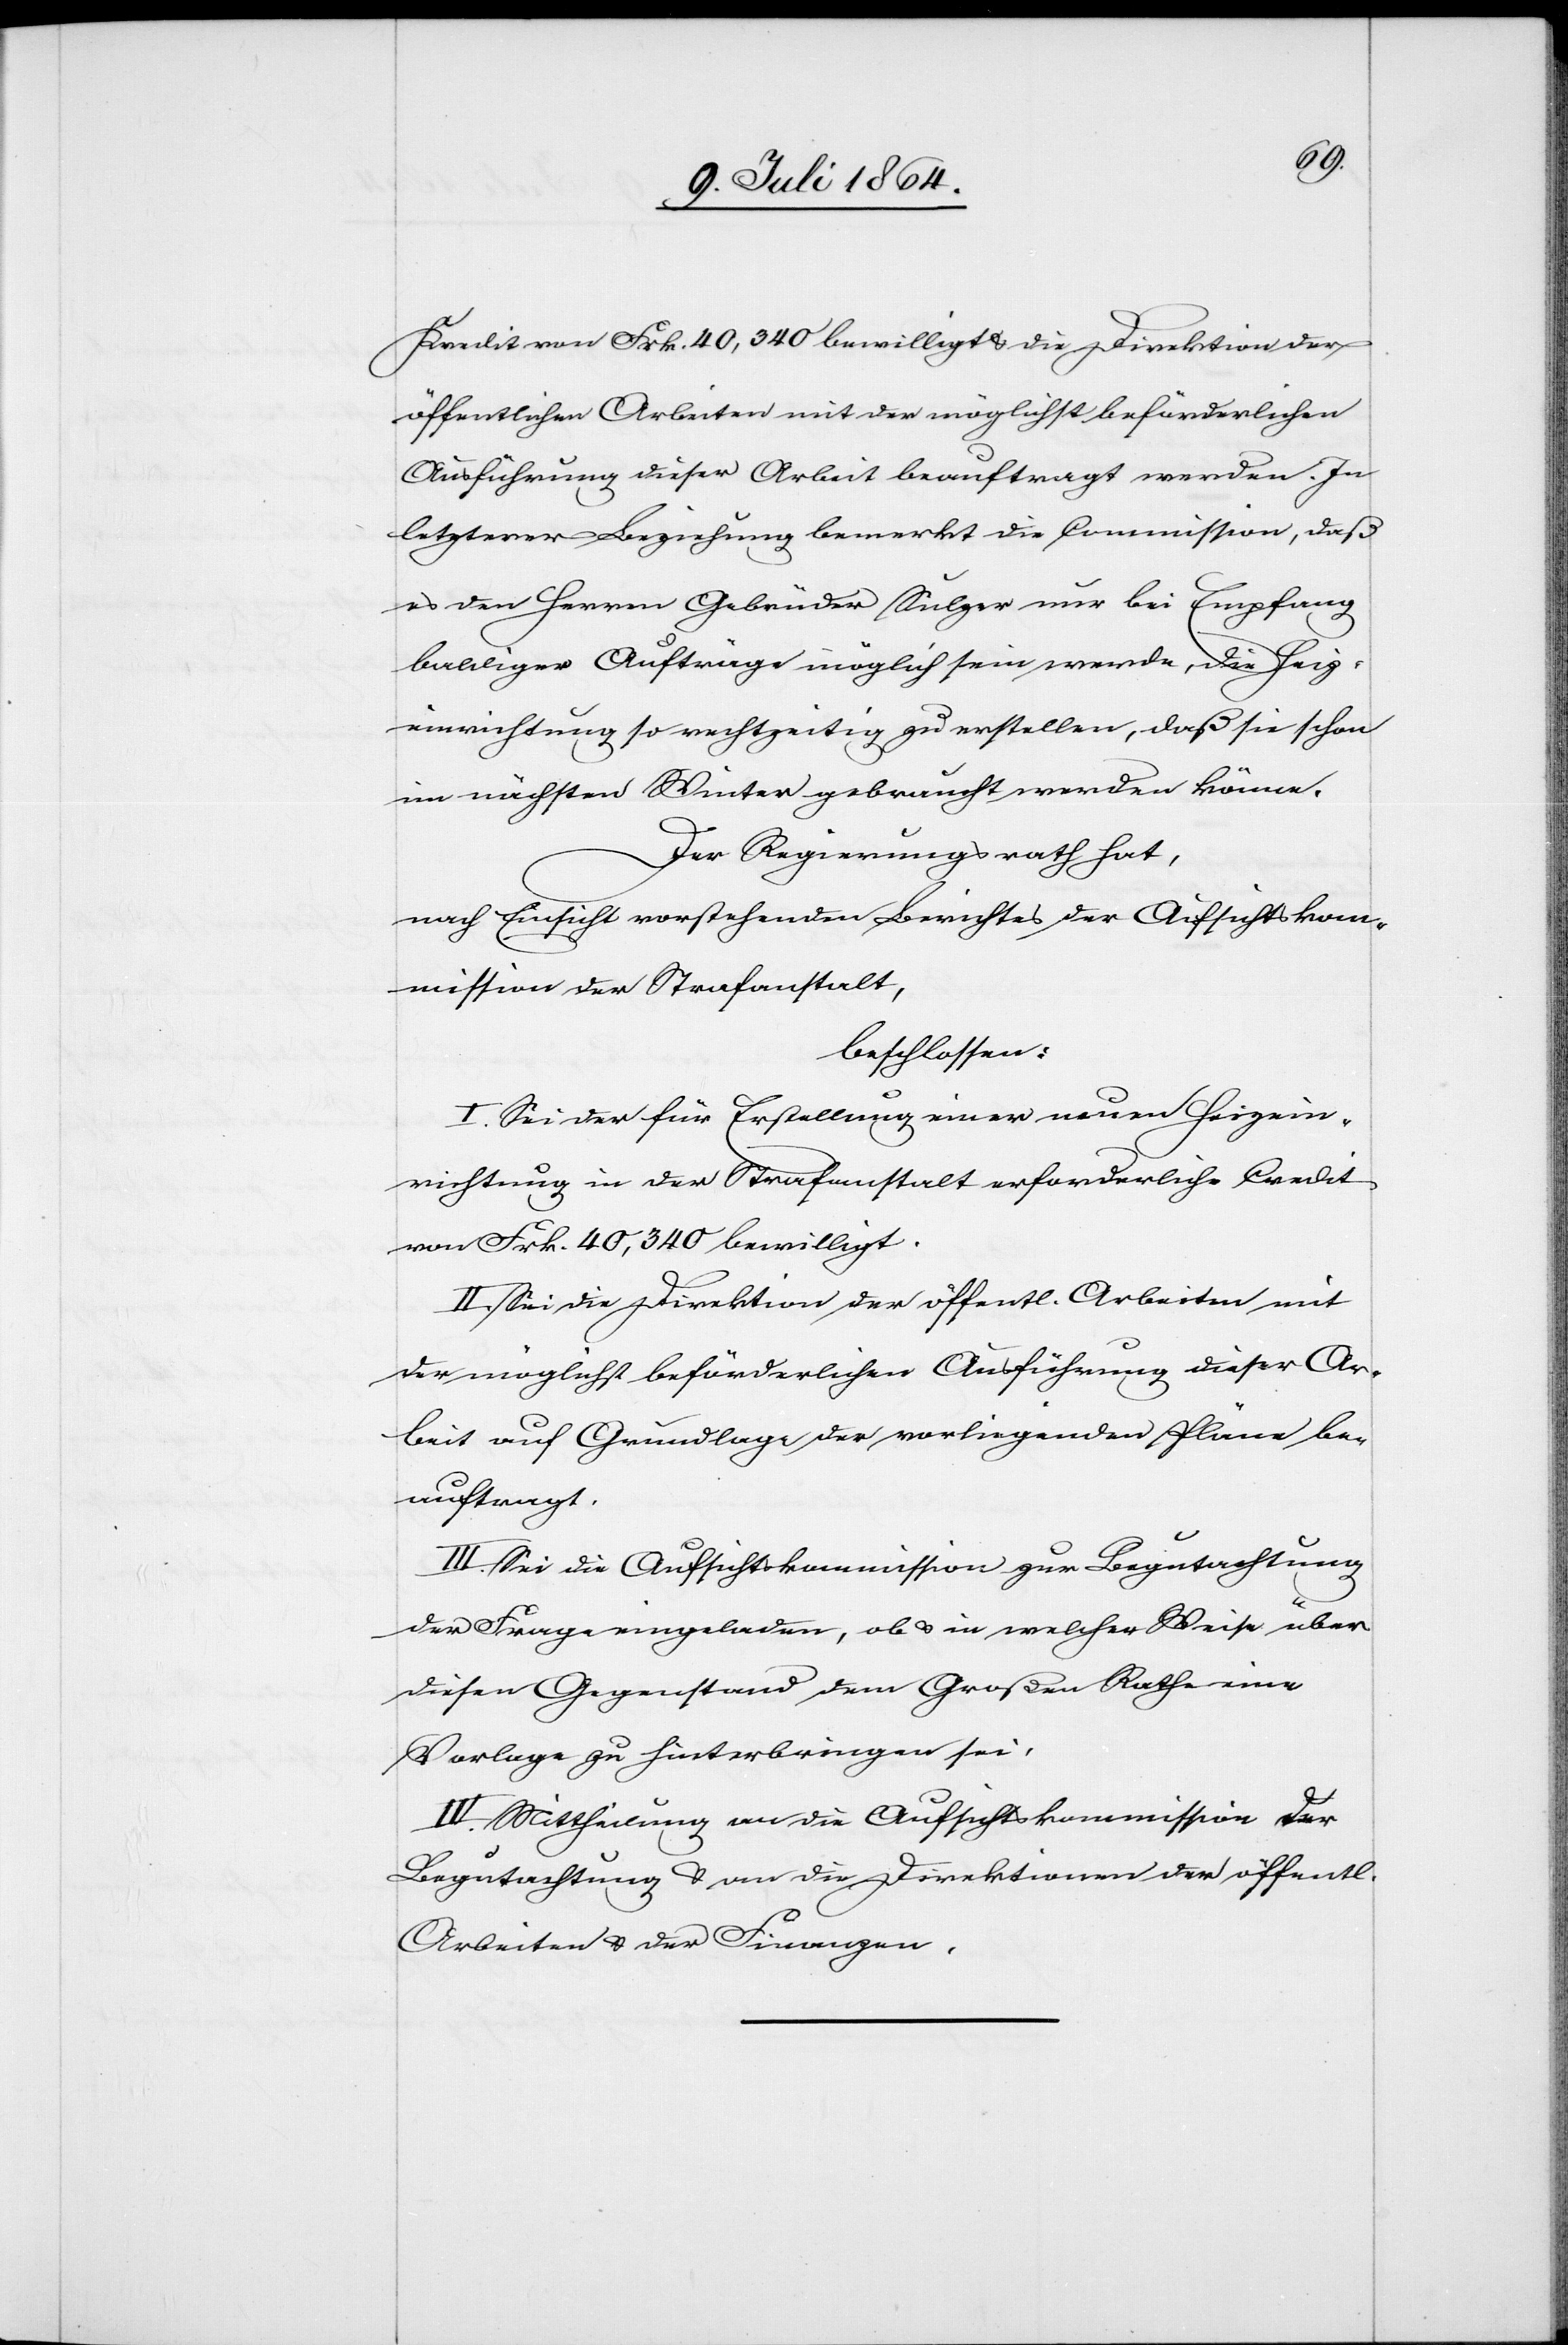
Kredit von Frk. 40,340 bewilligt u. die Direktion der
öffentlichen Arbeiten mit der möglichst beförderlichen
Ausführung dieser Arbeit beauftragt werden. In
letzterer Beziehung bemerkt die Commission, daß
es den Herren Gebrüder Sulzer nur bei Empfang
baldiger Aufträge möglich sein werde, die Heiz¬
einrichtung so rechtzeitig zu erstellen, daß sie schon
im nächsten Winter gebraucht werden könne.
Der Regierungsrath hat,
nach Einsicht vorstehenden Berichtes der Aufsichtskom¬
mission der Strafanstalt,
beschlossen:
I. Sei der für Erstellung einer neuen Heizein¬
richtung in der Strafanstalt erforderliche Credit
von Frk. 40,340 bewilligt.
II. Sei die Direktion der öffentl. Arbeiten mit
der möglichst beförderlichen Ausführung dieser Ar¬
beit auf Grundlage der vorliegenden Pläne be¬
auftragt.
III. Sei die Aufsichtskommission zur Begutachtung
der Frage eingeladen, ob u. in welcher Weise über
diesen Gegenstand dem Großen Rathe eine
Vorlage zu hinterbringen sei.
IV. Mittheilung an die Aufsichtskommission der
Begutachtung u. an die Direktionen der öffentl.
Arbeiten u. der Finanzen.